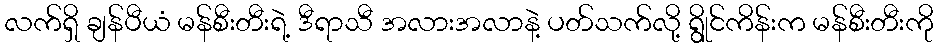
လက်ရှိ ချန်ပီယံ မန်စီးတီးရဲ့ ဒီရာသီ အလားအလာနဲ့ ပတ်သက်လို့ ရွိုင်ကိန်းက မန်စီးတီးကို